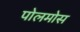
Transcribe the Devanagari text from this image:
पोलमोस